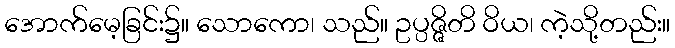
အောက်မေ့ခြင်း၌။ သောကော၊ သည်။ ဥပ္ပဇ္ဇိတိ ဝိယ၊ ကဲ့သို့တည်း။